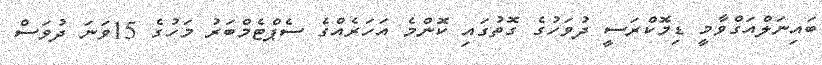
ބައިނަލްއަގްވާމީ ޑިމޮކްރަސީ ދުވަހުގެ ގޮތުގައި ކޮންމެ އަހަރެއްގެ ސެޕްޓެމްބަރު މަހުގެ 15ވަނަ ދުވަސް